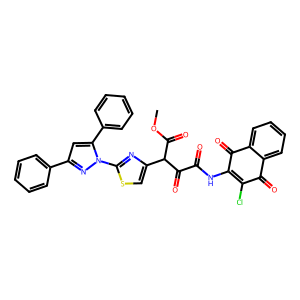
SMILES: COC(=O)C(C(=O)C(=O)NC1=C(Cl)C(=O)c2ccccc2C1=O)c1csc(-n2nc(-c3ccccc3)cc2-c2ccccc2)n1
Inhibits HIV replication: No